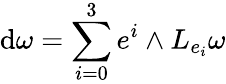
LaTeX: \mathrm{d}\omega=\sum_{i=0}^{3}e^{i}\wedge L_{e_{i}}\omega